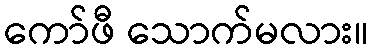
ကော်ဖီ သောက်မလား။